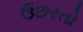
ઉછરતો